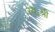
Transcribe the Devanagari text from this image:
स्व॰श्री